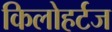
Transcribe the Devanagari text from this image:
किलोहर्टज